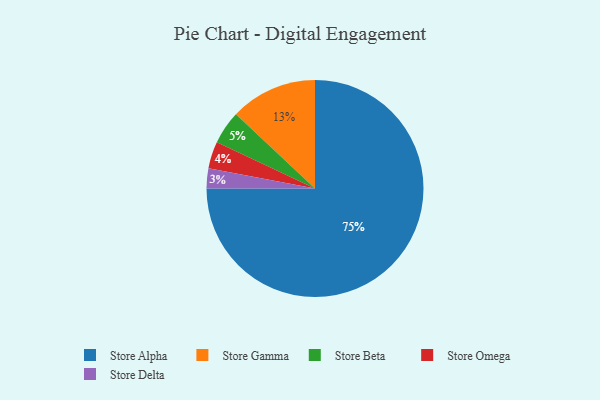
{"axis": {"x": "Category", "y": "Percentage"}, "legend": ["Store Alpha", "Store Beta", "Store Delta", "Store Gamma", "Store Omega"], "data": [{"x": "Store Omega", "y": 4, "type": "Store Omega"}, {"x": "Store Gamma", "y": 13, "type": "Store Gamma"}, {"x": "Store Beta", "y": 5, "type": "Store Beta"}, {"x": "Store Delta", "y": 3, "type": "Store Delta"}, {"x": "Store Alpha", "y": 75, "type": "Store Alpha"}]}